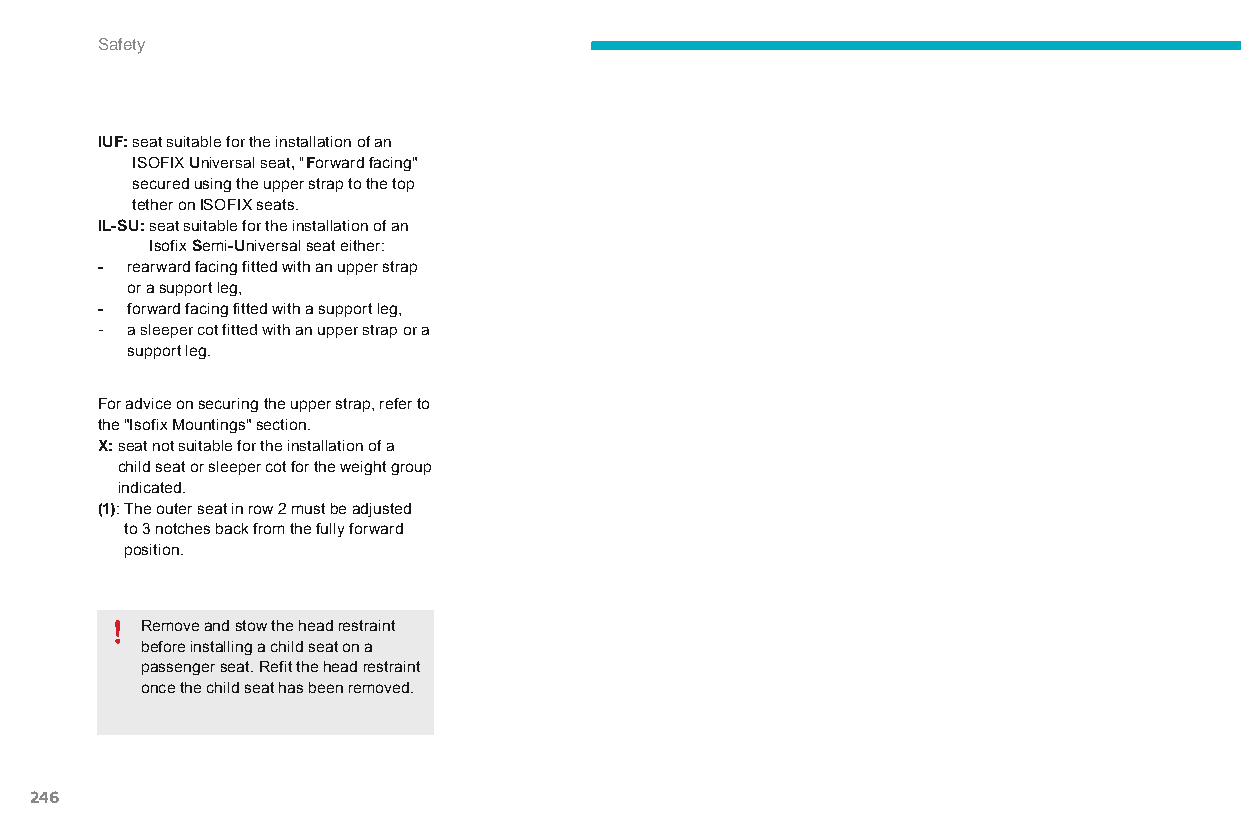
Safety
 IUF: seat suitable for the installation of an
 ISoFIX Universal seat, "Forward facing"
 secured using the upper strap to the top
 tether on ISOFIX seats.
 IL-SU: seat suitable for the installation of an
 Isofix Semi-Universal seat either:
 - rearward facing fitted with an upper strap
 or a support leg,
 - forward facing fitted with a support leg,
 - a sleeper cot fitted with an upper strap or a
 support leg.
 For advice on securing the upper strap, refer to
 the "Isofix Mountings" section.
 X: s eat not suitable for the installation of a
 child seat or sleeper cot for the weight group
 indicated.
 (1): The outer seat in row 2 must be adjusted
 to 3 notches back from the fully forward
 position.
 Remove and stow the head restraint
 before installing a child seat on a
 passenger seat. Refit the head restraint
 once the child seat has been removed.
 246
 C4-Picasso-II_en_Chap06_securite_ed01-2015